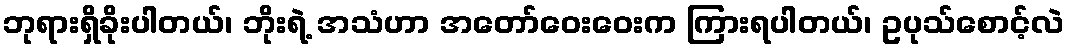
ဘုရားရှိခိုးပါတယ်၊ ဘိုးရဲ့ အသံဟာ အတော်ဝေးဝေးက ကြားရပါတယ်၊ ဥပုသ်စောင့်လဲ